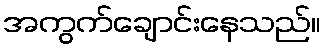
အကွက်ချောင်းနေသည်။